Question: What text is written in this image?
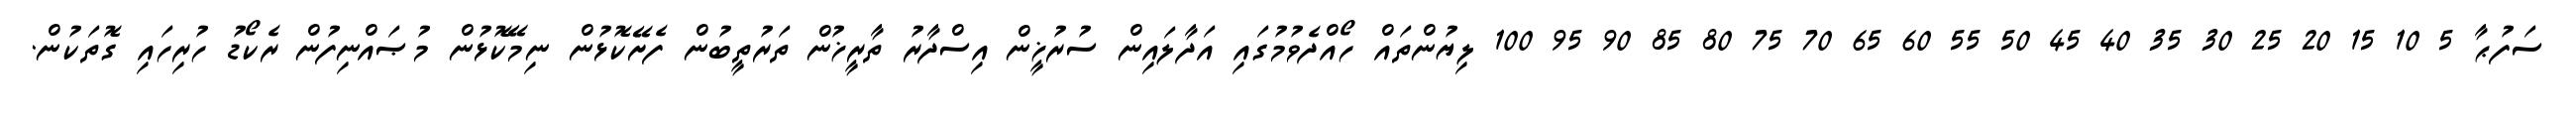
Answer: ސަފުޙާ 5 10 15 20 25 30 35 40 45 50 55 60 65 70 75 80 85 90 95 100 ލިޔުންތައް ހޯއްދެވުމުގައި އަދާލައިން ސުރުޚީން އިސްދާރު ތާރީޚުން ތަރުތީބުން ފެށޭކޮޅުން ނިމޭކޮޅުން މުޞައްނިފުން ރެކޯޑު ހުރިހައި ގޮތަކުން.